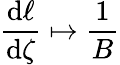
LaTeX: \frac{\mathrm{d}\ell}{\mathrm{d}\zeta}\mapsto\frac{1}{B}